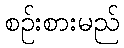
စဉ်းစားမည်